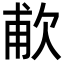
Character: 𬅤